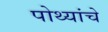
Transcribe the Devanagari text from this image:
पोथ्यांचे